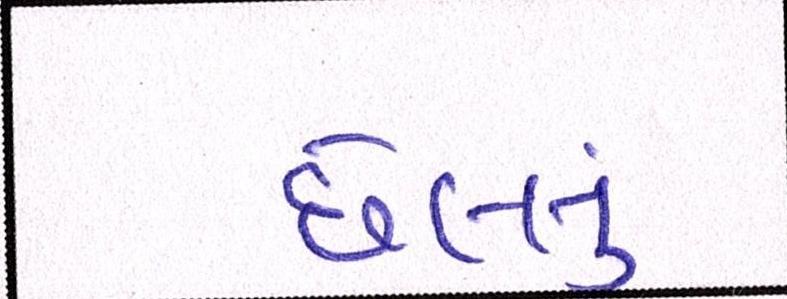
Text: છેલ્લું